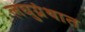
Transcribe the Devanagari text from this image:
लघुग्रंथात